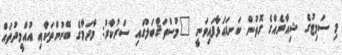
މި ސަމިޓުގެ ޝިއާރެއްގެ ގޮތުން ކަނޑައަޅާފައިވަނީ "މުސްތަޤްބަލުގައި ސަރުކާރު: މާދަމާގެ ބޭނުންތަކާއި އުއްމީދުތައް